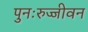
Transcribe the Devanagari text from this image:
पुनःरुज्जीवन